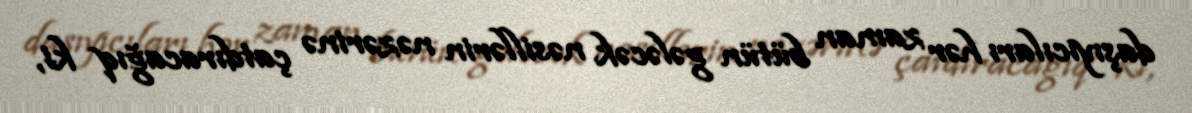
daşıyıcıları hər zaman bütün gələcək nəsillərin nəzərinə çatdıracağıq ki,